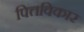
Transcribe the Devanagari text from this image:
पित्तविकार